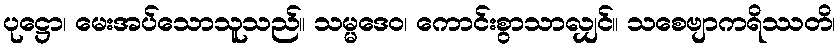
ပုဋ္ဌော၊ မေးအပ်သောသူသည်။ သမ္မဒေဝ၊ ကောင်းစွာသာလျှင်။ သစေဗျာကရိဿတိ၊